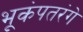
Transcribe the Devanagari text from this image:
भूकंपतरंगे